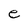
Character: e